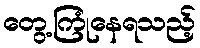
တွေ့ကြုံနေရသည့်